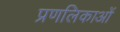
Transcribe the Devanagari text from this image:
प्रणलिकाओं